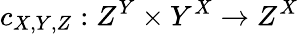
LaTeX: c_{X,Y,Z}:Z^{Y}\times Y^{X}\to Z^{X}